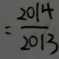
= \frac { 2 0 1 4 } { 2 0 1 3 }